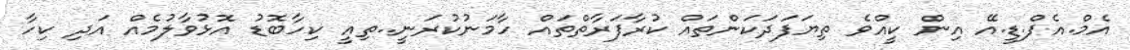
އެމް.އެފް.ޑީ.އޭ އިން ކީއްވެ ތިޔަފަދަކަންތައް ކުރާފަރާތްތައް ހާމަނުކުރަނީ..ތިއީ ކިހާބޮޑު އޮޅުވާލުމެއް އަދި ކިހާ